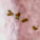
تريد